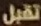
تقبل